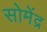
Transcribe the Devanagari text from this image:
सोमेंद्र